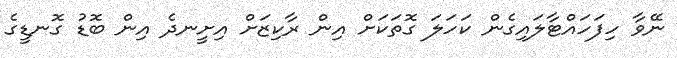
ނޭވާ ހިފަހައްޓާލައިގެން ކަހަލަ ގޮތަކަށް އިން ރާކިޒަށް އިށީނދެ އިން ބޮޑު ގޮނޑީގެ